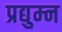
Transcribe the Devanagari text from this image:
प्रद्युम्‍न